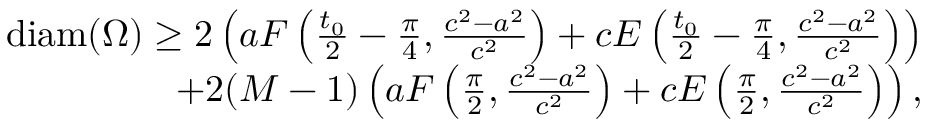
\begin{array} { r } { \mathrm { d i a m } ( \Omega ) \geq 2 \left( a F \left( \frac { t _ { 0 } } { 2 } - \frac { \pi } { 4 } , \frac { c ^ { 2 } - a ^ { 2 } } { c ^ { 2 } } \right) + c E \left( \frac { t _ { 0 } } { 2 } - \frac { \pi } { 4 } , \frac { c ^ { 2 } - a ^ { 2 } } { c ^ { 2 } } \right) \right) } \\ { + 2 ( M - 1 ) \left( a F \left( \frac { \pi } { 2 } , \frac { c ^ { 2 } - a ^ { 2 } } { c ^ { 2 } } \right) + c E \left( \frac { \pi } { 2 } , \frac { c ^ { 2 } - a ^ { 2 } } { c ^ { 2 } } \right) \right) , } \end{array}